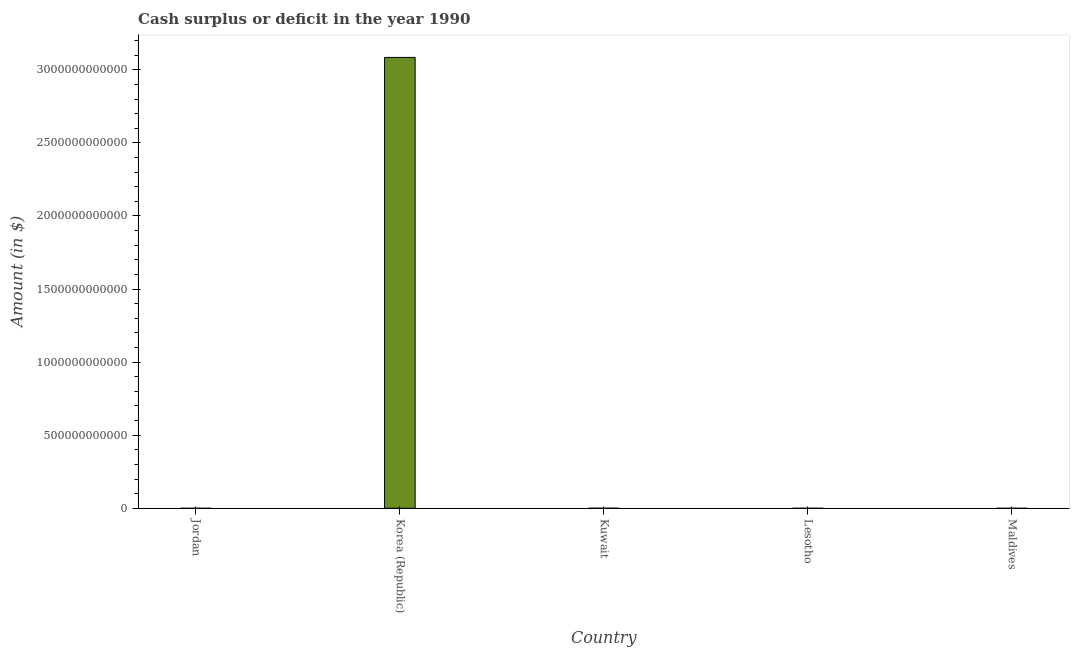
| Country | Cash surplus or deficit |
 | --- | --- |
 | Jordan | -9.31e+07 |
 | Korea (Republic) | 3.08e+12 |
 | Kuwait | 3.23e+08 |
 | Lesotho | -7.85e+06 |
 | Maldives | -1.54e+08 |